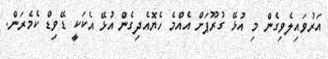
އަރުވައިލެވިގެން މި އުޅޭ ގުރޫޕަށް އެއްމެ ހެޔޮއެދިގެން އުޅޭ އެކަކީ ޑޭވިޑް ކެމެރަން.